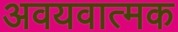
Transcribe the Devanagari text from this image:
अवयवात्मक